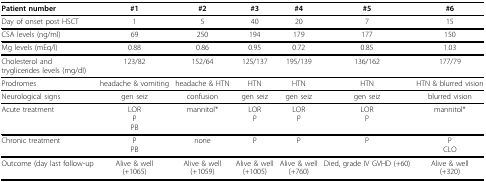
<table><thead><tr><td><b>Patient number</b></td><td><b>#1</b></td><td><b>#2</b></td><td><b>#3</b></td><td><b>#4</b></td><td><b>#5</b></td><td><b>#6</b></td></tr></thead><tbody><tr><td>Day of onset post HSCT</td><td>1</td><td>5</td><td>40</td><td>20</td><td>7</td><td>15</td></tr><tr><td>CSA levels (ng/ml)</td><td>69</td><td>250</td><td>194</td><td>179</td><td>177</td><td>150</td></tr><tr><td>Mg levels (mEq/l)</td><td>0.88</td><td>0.86</td><td>0.95</td><td>0.72</td><td>0.85</td><td>1.03</td></tr><tr><td>Cholesterol andtryglicerides levels (mg/dl)</td><td>123/82</td><td>152/64</td><td>125/137</td><td>195/139</td><td>136/162</td><td>177/79</td></tr><tr><td>Prodromes</td><td>headache &amp; vomiting</td><td>headache &amp; HTN</td><td>HTN</td><td>HTN</td><td>HTN</td><td>HTN &amp; blurred vision</td></tr><tr><td>Neurological signs</td><td>gen seiz</td><td>confusion</td><td>gen seiz</td><td>gen seiz</td><td>gen seiz</td><td>blurred vision</td></tr><tr><td>Acute treatment</td><td>LORPPB</td><td>mannitol*</td><td>LORP</td><td>LORP</td><td>LORP</td><td>mannitol*</td></tr><tr><td>Chronic treatment</td><td>PPB</td><td>none</td><td>P</td><td>P</td><td>P</td><td>PCLO</td></tr><tr><td>Outcome (day last follow-up</td><td>Alive &amp; well(+1065)</td><td>Alive &amp; well(+1059)</td><td>Alive &amp; well(+1005)</td><td>Alive &amp; well(+760)</td><td>Died, grade IV GVHD (+60)</td><td>Alive &amp; well(+320)</td></tr></tbody></table>